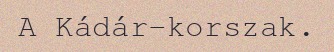
A Kádár-korszak.